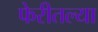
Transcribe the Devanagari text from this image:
फेरीतल्या